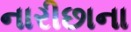
નારીછાના